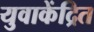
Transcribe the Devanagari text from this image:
युवाकेंद्रित